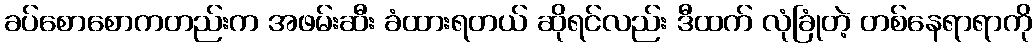
ခပ်စောစောကတည်းက အဖမ်းဆီး ခံထားရတယ် ဆိုရင်လည်း ဒီထက် လုံခြုံတဲ့ တစ်နေရာရာကို